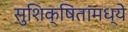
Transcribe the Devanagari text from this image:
सुशिक्षितांमध्ये